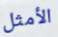
الأمثل